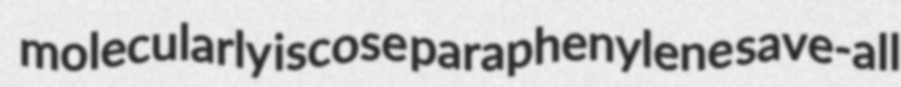
molecularly iscose paraphenylene save-all